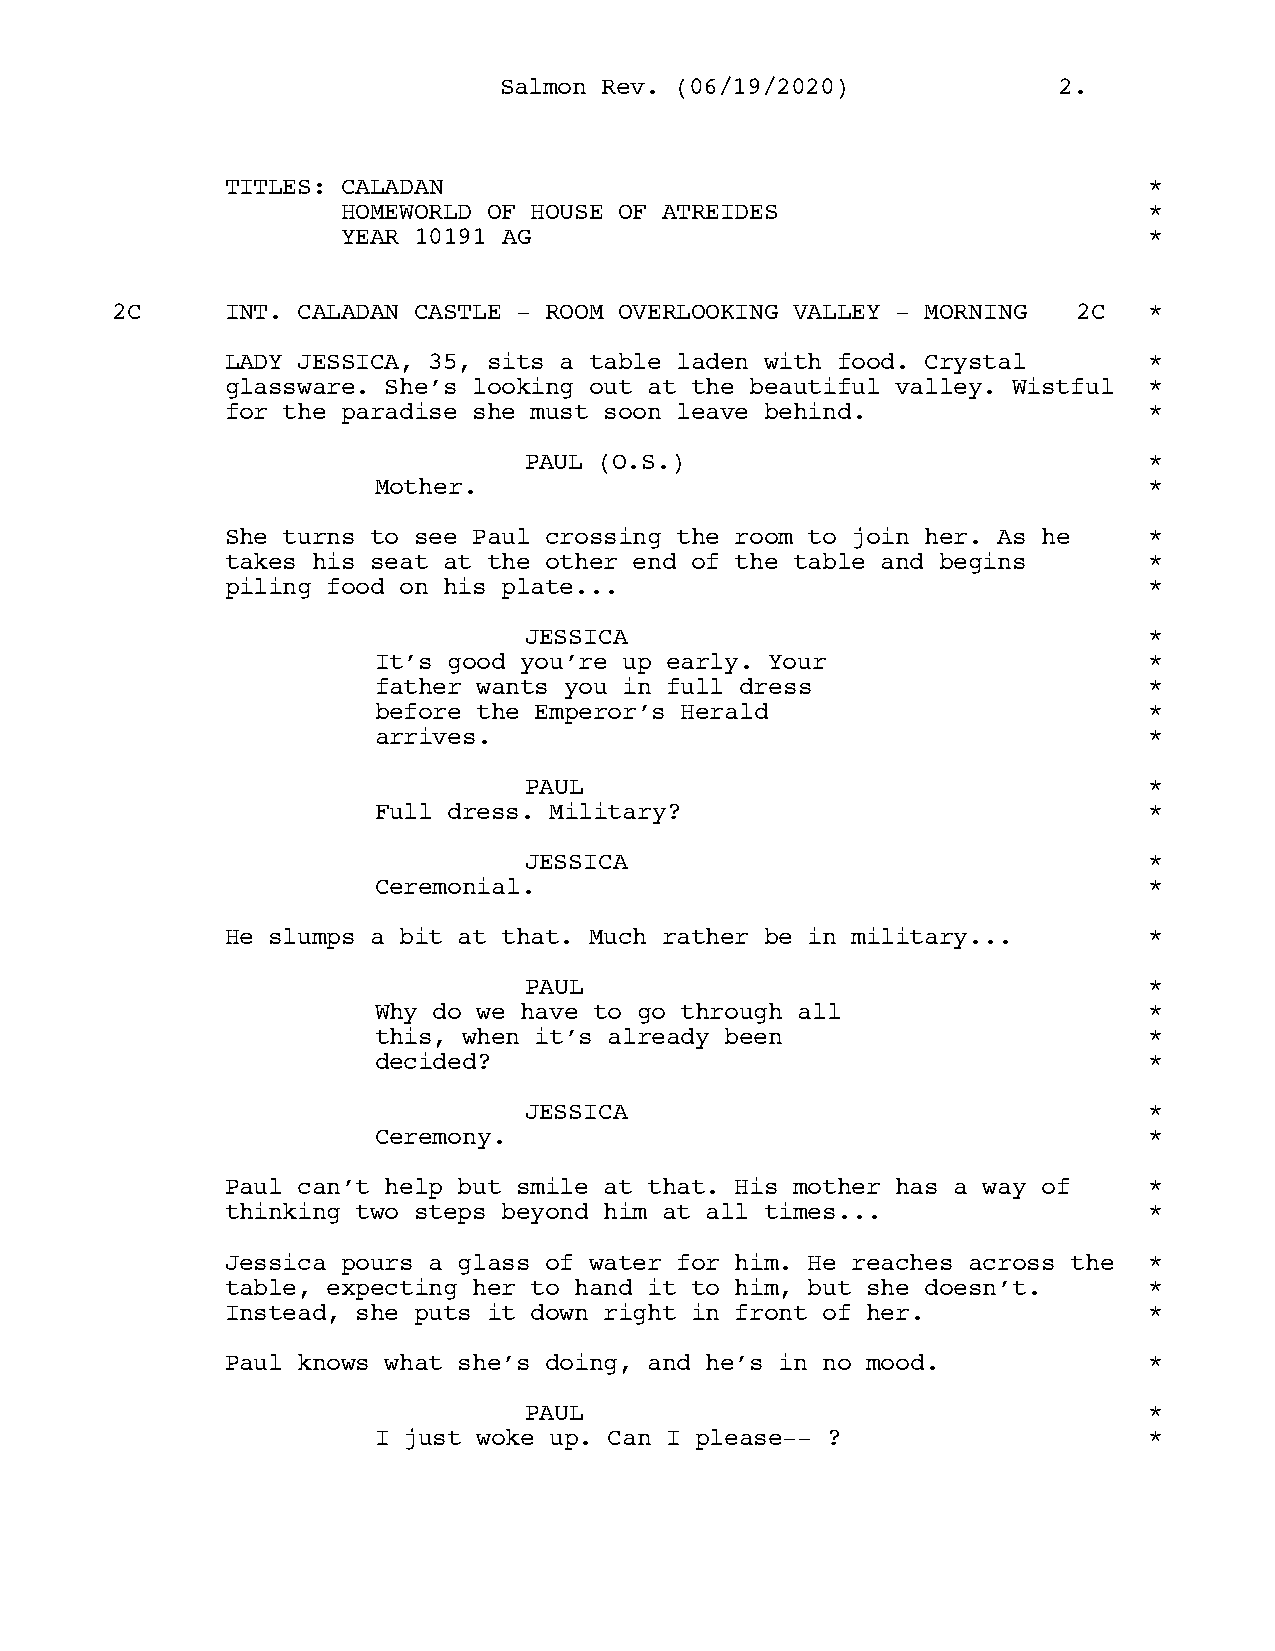
SSaallmmoonn RReevv.. ((0066//1199//22002200)) 22..
 TITLES: CALADAN                                              *
 HOMEWORLD OF HOUSE OF ATREIDES                       *
 YEAR 10191 AG                                        *
 2C      INT. CALADAN CASTLE - ROOM OVERLOOKING VALLEY - MORNING 2C   *
 LADY JESSICA, 35, sits a table laden with food. Crystal      *
 glassware. She’s looking out at the beautiful valley. Wistful *
 for the paradise she must soon leave behind.                 *
 PAUL (O.S.)                              *
 Mother.                                            *
 She turns to see Paul crossing the room to join her. As he   *
 takes his seat at the other end of the table and begins      *
 piling food on his plate...                                  *
 JESSICA                                  *
 It’s good you’re up early. Your                    *
 father wants you in full dress                     *
 before the Emperor’s Herald                        *
 arrives.                                           *
 PAUL                                     *
 Full dress. Military?                              *
 JESSICA                                  *
 Ceremonial.                                        *
 He slumps a bit at that. Much rather be in military...       *
 PAUL                                     *
 Why do we have to go through all                   *
 this, when it’s already been                       *
 decided?                                           *
 JESSICA                                  *
 Ceremony.                                          *
 Paul can’t help but smile at that. His mother has a way of   *
 thinking two steps beyond him at all times...                *
 Jessica pours a glass of water for him. He reaches across the *
 table, expecting her to hand it to him, but she doesn’t.     *
 Instead, she puts it down right in front of her.             *
 Paul knows what she’s doing, and he’s in no mood.            *
 PAUL                                     *
 I just woke up. Can I please-- ?                   *